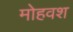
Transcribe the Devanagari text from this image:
मोहवश